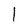
Character: l